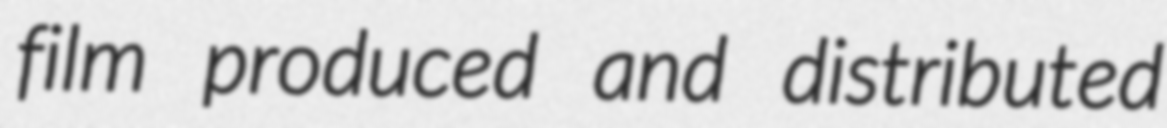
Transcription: film produced and distributed